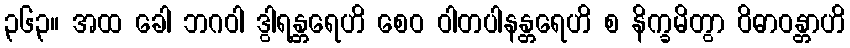
၃၆၃။ အထ ခေါ ဘဂဝါ ဒွါရန္တရေဟိ စေဝ ဝါတပါနန္တရေဟိ စ နိက္ခမိတွာ ဝိဓာဝန္တာဟိ